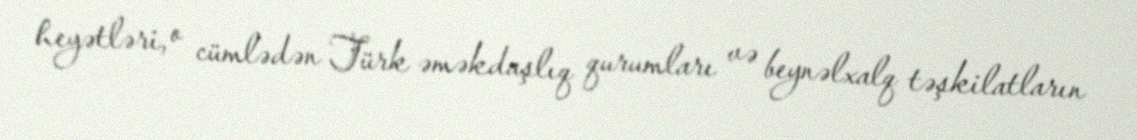
heyətləri, o cümlədən Türk əməkdaşlıq qurumları və beynəlxalq təşkilatların